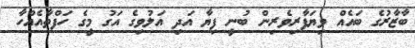
ބާޒާރުގެ ބައެއް ވިޔަފާރިވެރިން ބުނީ ފިޔާ އަދި އަލުވިގެ އަގު މީގެ ހަފްތާއެއްހާ